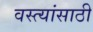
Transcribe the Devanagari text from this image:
वस्त्यांसाठी